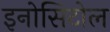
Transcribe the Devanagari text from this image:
इनोसिटोल